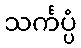
သင်္ကပ္ပံ